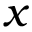
x